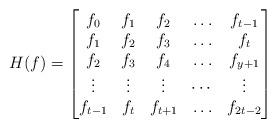
LaTeX: \begin{align*}H(f) = \begin{bmatrix} f_0 & f_1 & f_2 & \hdots & f_{t-1} \\f_1 & f_2 & f_3 & \hdots & f_t \\f_2 & f_3 & f_4 & \hdots & f_{y+1} \\\vdots & \vdots & \vdots & \cdots & \vdots \\f_{t-1} & f_t & f_{t+1} & \hdots & f_{2t-2} \end{bmatrix} \end{align*}